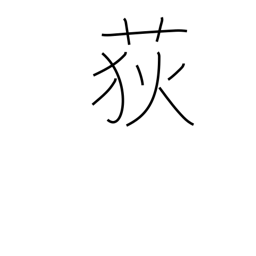
Meaning: rush